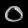
Digit: ၀